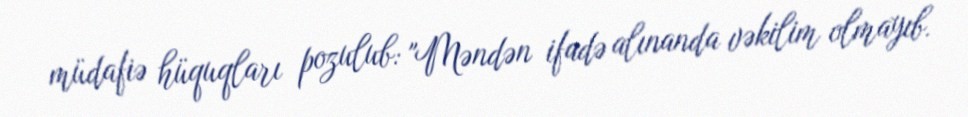
müdafiə hüquqları pozulub: "Məndən ifadə alınanda vəkilim olmayıb.